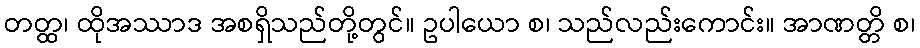
တတ္ထ၊ ထိုအဿာဒ အစရှိသည်တို့တွင်။ ဥပါယော စ၊ သည်လည်းကောင်း။ အာဏတ္တိ စ၊